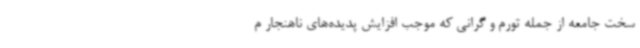
سخت جامعه از جمله تورم و گرانی که موجب افزایش پدیده‌های ناهنجار م